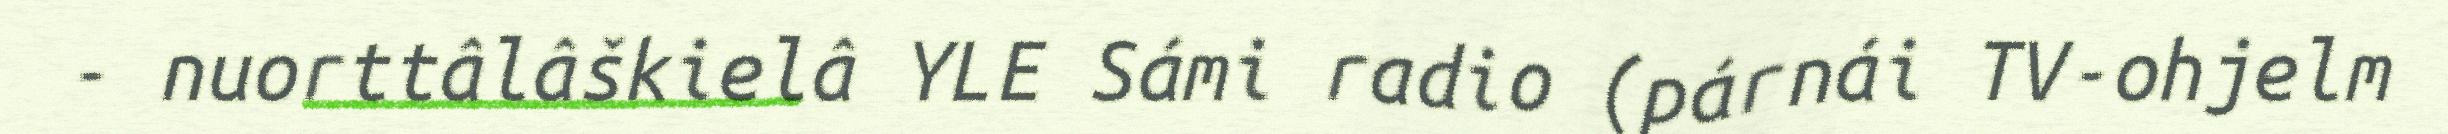
- nuorttâlâškielâ YLE Sámi radio (párnái TV-ohjelm